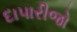
દાપારીજો